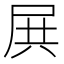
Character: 𡱒